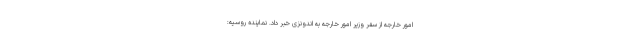
امور خارجه از سفر وزیر امور خارجه به اندونزی خبر داد. نماینده روسیه: